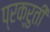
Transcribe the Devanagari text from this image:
प्रक्रुती